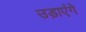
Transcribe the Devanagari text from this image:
उड़ाएंगे